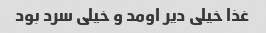
غذا خیلی دیر اومد و خیلی سرد بود